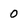
Character: 0